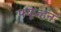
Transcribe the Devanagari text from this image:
फ़्यूज्हन